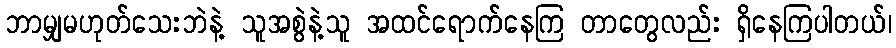
ဘာမျှမဟုတ်သေးဘဲနဲ့ သူအစွဲနဲ့သူ အထင်ရောက်နေကြ တာတွေလည်း ရှိနေကြပါတယ်၊